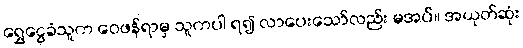
ရွှေငွေခံသူက ဝေဖန်ရာမှ သူကပါ ရ၍ လာပေးသော်လည်း မအပ်။ အယုတ်ဆုံး